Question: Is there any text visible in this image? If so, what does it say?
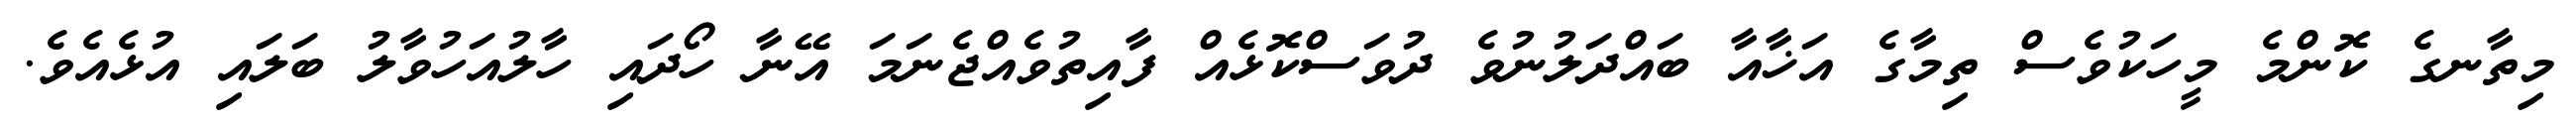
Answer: މިތާނގެ ކޮންމެ މީހަކުވެސް ތިމާގެ އަޚާއާ ބައްދަލުނުވެ ދުވަސްކޮޅެއް ފާއިތުވެއްޖެނަމަ އޭނާ ހޯދައި ހާލުއަހުވާލު ބަލައި އުޅެއެވެ.